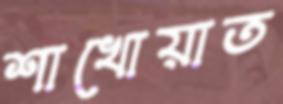
শাখোয়াত